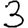
Digit: 3